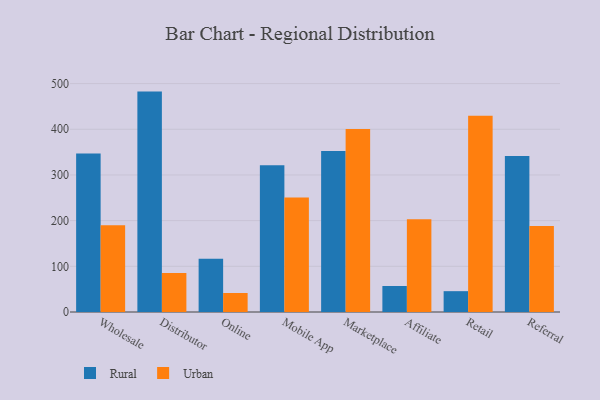
{"axis": {"x": "Channel", "y": "Market Share (%)"}, "legend": ["Rural", "Urban"], "data": [{"x": "Wholesale", "y": 346.8, "type": "Rural"}, {"x": "Wholesale", "y": 189.9, "type": "Urban"}, {"x": "Distributor", "y": 482.5, "type": "Rural"}, {"x": "Distributor", "y": 85.5, "type": "Urban"}, {"x": "Online", "y": 116.5, "type": "Rural"}, {"x": "Online", "y": 41.6, "type": "Urban"}, {"x": "Mobile App", "y": 321.3, "type": "Rural"}, {"x": "Mobile App", "y": 250.5, "type": "Urban"}, {"x": "Marketplace", "y": 352.6, "type": "Rural"}, {"x": "Marketplace", "y": 400.4, "type": "Urban"}, {"x": "Affiliate", "y": 56.9, "type": "Rural"}, {"x": "Affiliate", "y": 203.0, "type": "Urban"}, {"x": "Retail", "y": 45.6, "type": "Rural"}, {"x": "Retail", "y": 429.6, "type": "Urban"}, {"x": "Referral", "y": 341.7, "type": "Rural"}, {"x": "Referral", "y": 188.2, "type": "Urban"}]}